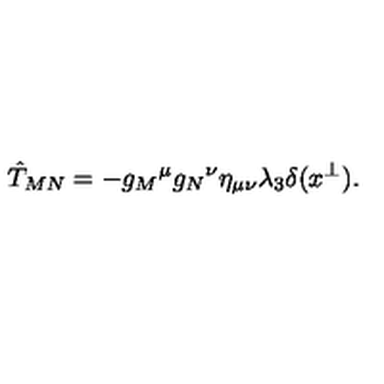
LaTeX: \hat { T } _ { M N } = - g _ { M } { } ^ { \mu } g _ { N } { } ^ { \nu } \eta _ { \mu \nu } \lambda _ { 3 } \delta ( x ^ { \perp } ) .